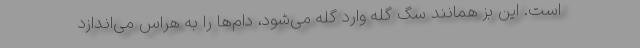
است. این بز همانند سگ گله وارد گله می‌شود، دام‌ها را به هراس می‌اندازد